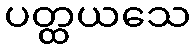
ပတ္ထယသေ